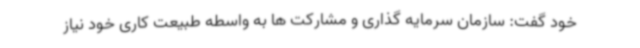
خود گفت: سازمان سرمایه گذاری و مشارکت ها به واسطه طبیعت کاری خود نیاز